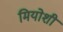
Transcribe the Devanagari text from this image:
मियोशी